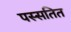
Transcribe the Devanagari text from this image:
पस्सतित